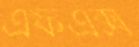
এফএক্স